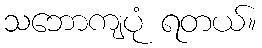
သဘောကျပုံ ရတယ်။